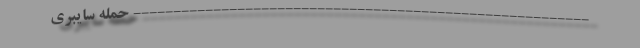
--------------------------------------------------------- حمله سایبری